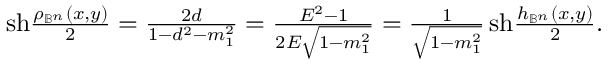
\begin{array} { r } { \mathrm { s h } \frac { \rho _ { \mathbb { B } ^ { n } } ( x , y ) } { 2 } = \frac { 2 d } { 1 - d ^ { 2 } - m _ { 1 } ^ { 2 } } = \frac { E ^ { 2 } - 1 } { 2 E \sqrt { 1 - m _ { 1 } ^ { 2 } } } = \frac { 1 } { \sqrt { 1 - m _ { 1 } ^ { 2 } } } \, \mathrm { s h } \frac { h _ { \mathbb { B } ^ { n } } ( x , y ) } { 2 } . } \end{array}